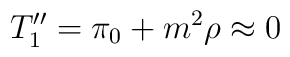
T_1'' = \pi_0 + m^2 \rho \approx 0